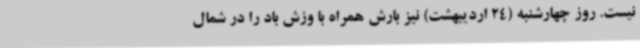
نیست. روز چهارشنبه (24 اردیبهشت) نیز بارش همراه با وزش باد را در شمال